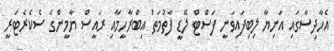
އެހާދިސާގައި އަނިޔާ ލިބިފައިވަނީ ފަސްޓް ލޭޑީ ފާތުމަތު އިބްރާހީމާއި ރައީސް ޔާމީންގެ ސެކެރެޓަރީ